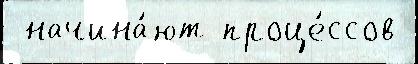
 начина́ют проце́ссов